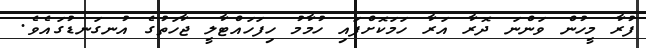
ފުރާ މީހުން ވަންނަ ދޮރާ އަރާ ހަމަކޮށްފައި ހުމާމު ހިފަހައްޓާލީ ޖާހަތުގެ އުނގަނޑުގައެވެ.